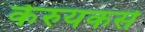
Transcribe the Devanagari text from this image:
केरुयकसे